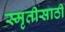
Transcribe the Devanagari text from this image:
स्मृतीसाठी